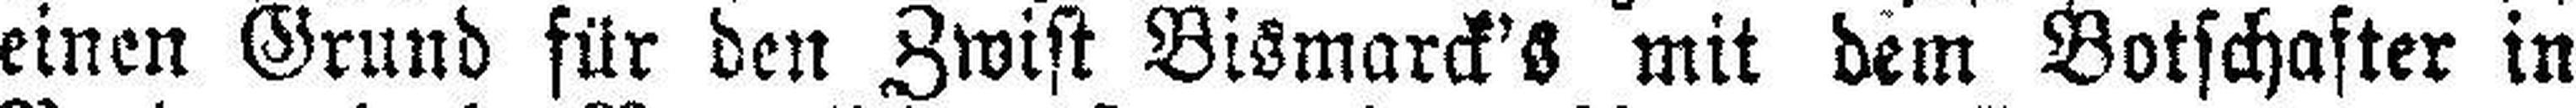
einen Grund für den Zwist Bismarck's mit dem Botschafter in